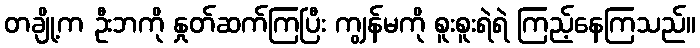
တချို့က ဦးဘကို နှုတ်ဆက်ကြပြီး ကျွန်မကို စူးစူးရဲရဲ ကြည့်နေကြသည်။